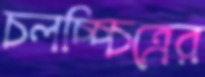
চলচ্চ্চিত্রের